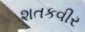
શતકવીર